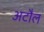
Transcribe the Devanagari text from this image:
अटौल